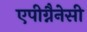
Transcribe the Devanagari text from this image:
एपीग्नैनेसी